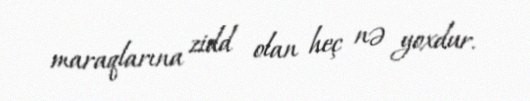
maraqlarına zidd olan heç nə yoxdur.